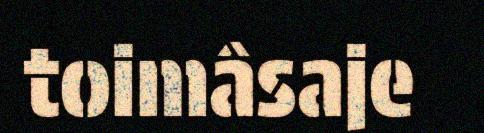
toimâsaje